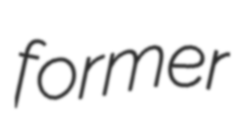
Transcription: former